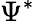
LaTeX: \Psi^{*}